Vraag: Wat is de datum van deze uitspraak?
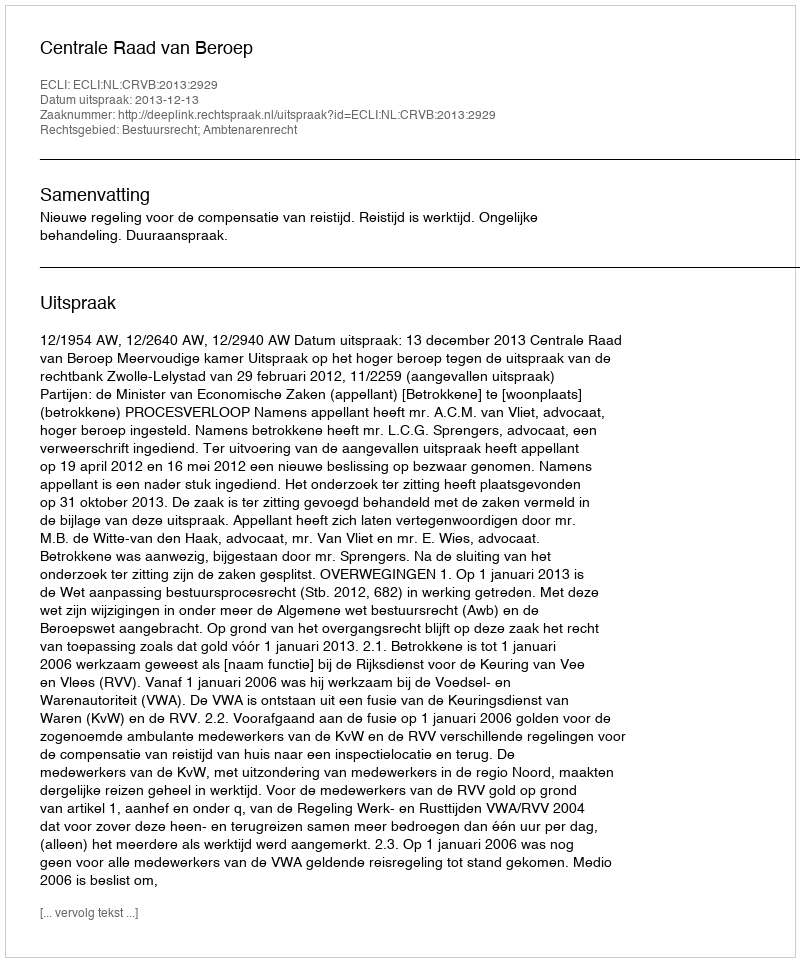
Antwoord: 2013-12-13